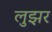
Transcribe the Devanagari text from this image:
लुझर